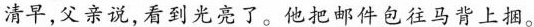
清早，父亲说，看到光亮了。他把邮件包往马背上捆。